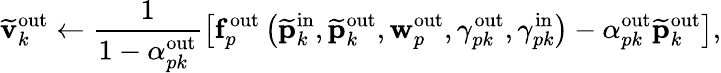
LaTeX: \widetilde{\mathbf{v}}_{k}^{\mathrm{out}}\gets\frac{1}{1-\alpha_{pk}^{\mathrm{out}}}\left[\mathbf{f}_{p}^{\mathrm{out}}\left(\widetilde{\mathbf{p}}_{k}^{\mathrm{in}},\widetilde{\mathbf{p}}_{k}^{\mathrm{out}},\mathbf{w}_{p}^{\mathrm{out}},\gamma_{pk}^{\mathrm{out}},\gamma_{pk}^{\mathrm{in}}\right)-\alpha_{pk}^{\mathrm{out}}\widetilde{\mathbf{p}}_{k}^{\mathrm{out}}\right],